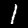
Label: 1